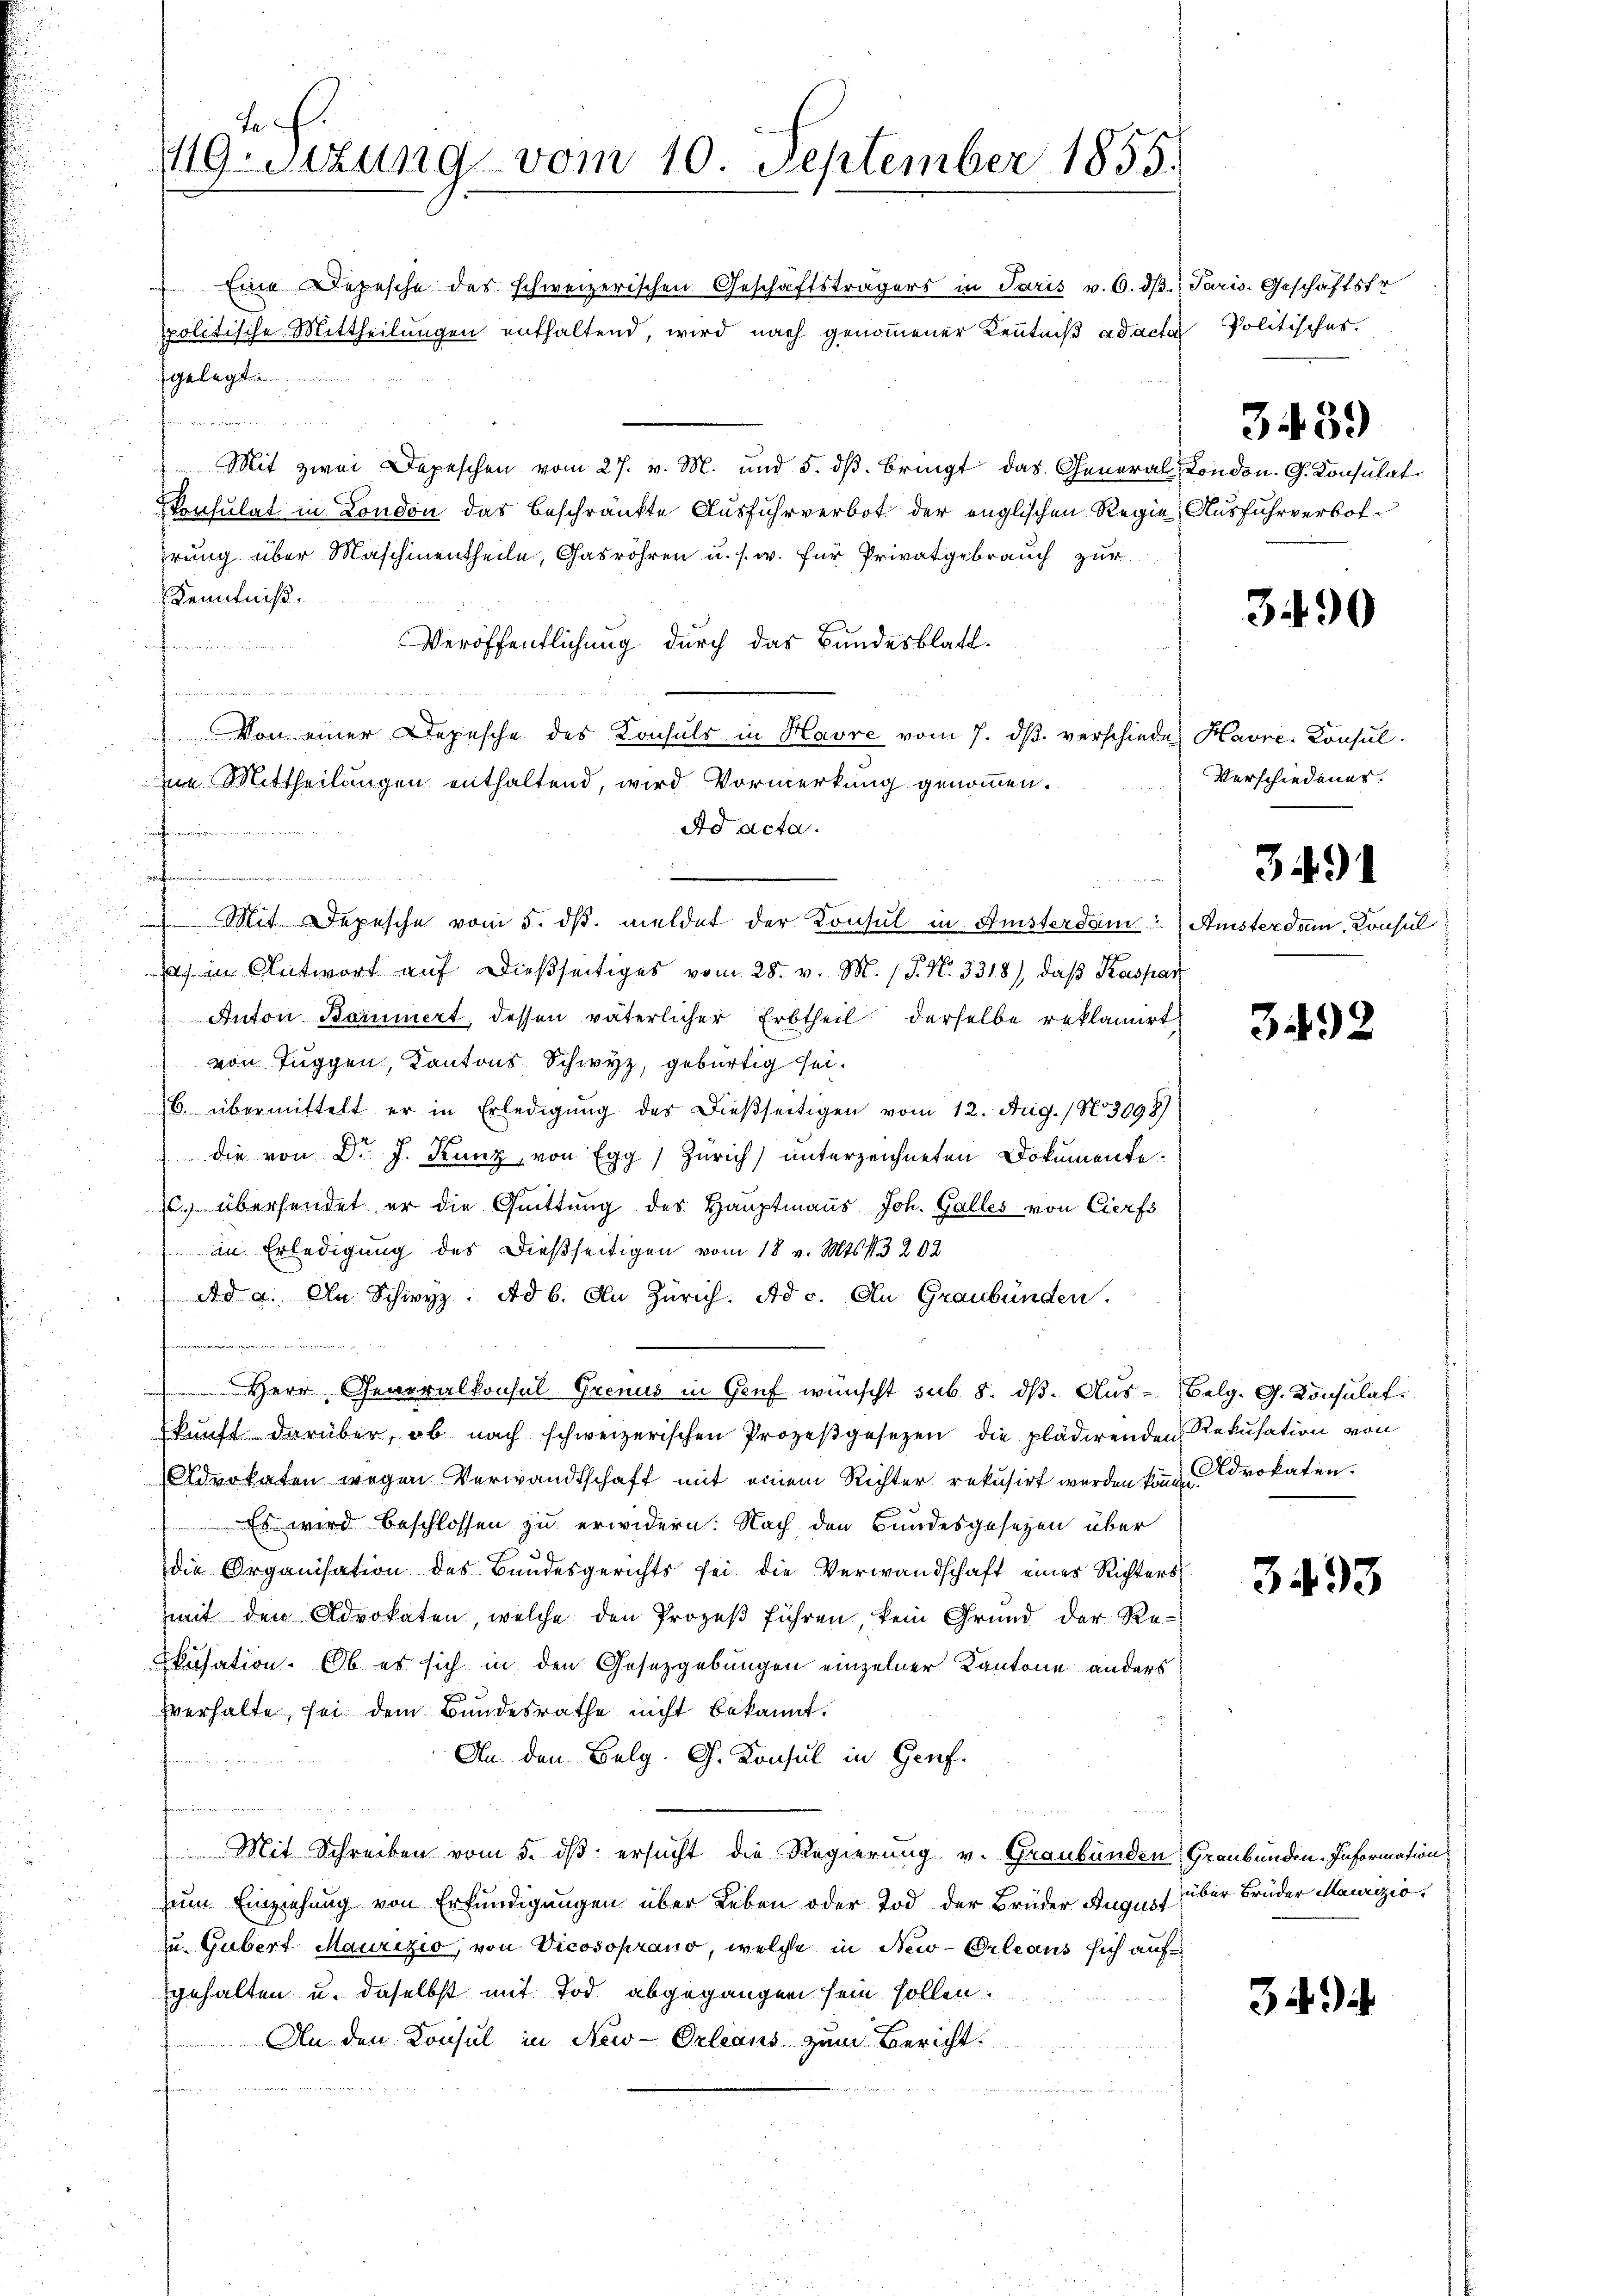
Th.
119. Sitzung vom 10. September 1855.

Eine Depesche des schweizerischen Geschäftsträgers in Paris v. 6. dβ.
politische Mittheilungen enthaltend, wird nach genommener Kenntniß ad acta
gelegt
.
Mit zwei Depeschen vom 27. v. M. und 5. dβ. bringt das General London. G. Konsulat
Skonsulat in London das beschränkte Ausfuhrverbot der englischen Regie Ausfuhrverbothrung über Maschinentheile, Gasröhren u. s. w. für Privatgebrauch zur
Kenntniß
Veröffentlichung durch das Bundesblatt.
hin
Primann
 Von einer Depesche des Konsuls in Havre vom 7. dβ verschieden Havre-Konsulie Mittheilungen enthaltend, wird Vormerkung genommen.
Ad acta.
e
e
elung ein
s in Antwort auf dießseitiges vom 28. v. M. (T. N. 3318), daß Kaspart
 Anton Borniert, dessen väterlicher Erbtheil derselbe reklamirt
von Tuggen, Kantons Schwyz, gebürtig sei.
B. übermittelt er in Erledigŭng des dießseitigen vom 12. Aug. / No 3098)
die von Dr. J. Kunz, von Egg) Zürich) unterzeichneten Dokumente.
. übersendet er die Quittung des Hauptmanns Joh. Galles von Cierfs
in Erledigung des dießseitigen vom 18 v. Mts. S. 3202
Ad a. An Schwyz. Ad 6. An Zürich. Ad c. An Graubünden.

Herr Generalkonsul Grenus in Genf wünscht sub 8. ds. Aus-Belg. G. Konsulati
kunft darüber, ob nach schweizerischen Prozeβgesezen die plädirenden Rekusation von
Advokaten wegen Verwandtschaft mit einem Richter rekusirt werden könne drokaten.
Es wird beschlossen zu erwidern: Nach den Bundesgesetzen über
die Organisation des Bandesgerichts sei die Verwandschaft einer Richters
mit den Advokaten, welche den Prozeß führen kein Grund der Rekusation. Ob es sich in den Gesetzgebungen einzelner Kantone anders
verhalte, sei dem Bundesrathe nicht bekannt.
An den Belg. G. Konsul in Genf.

Mit Schreiben vom 5. dβ ersucht die Regierung v. Graubünden Graubünden. Information
zŭm Einziehung von Erfündigŭngen über Leben oder Tod der Brüder August über Brüder Mauriziozu Gubert Maurizio, von Vicosoprano, welche in New-Orleans sich auf
gehalten u. daselbst mit Tod abgegangen sein sollen.
An den Konsul in New-Orleans zum Bericht

Mit Depesche vom 5. dβ. meldet der Konsul in Amsterdam Amsterdam. Konsul

Paris-Geschäftsfr
u Politisches.

3439

3490

Verschiedenes.

3491

342

3493

3 4)